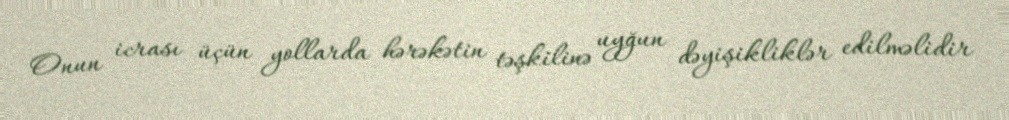
Onun icrası üçün yollarda hərəkətin təşkilinə uyğun dəyişikliklər edilməlidir